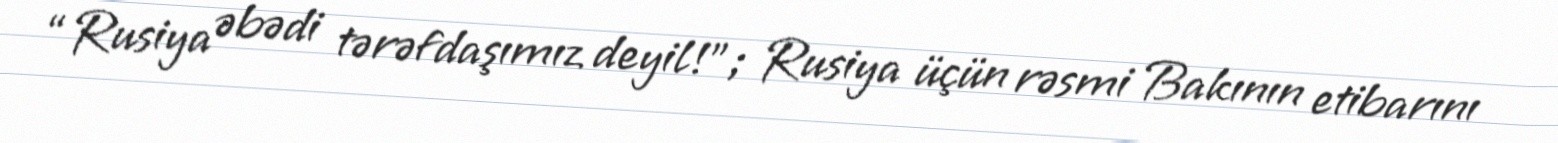
“Rusiya əbədi tərəfdaşımız deyil!”; Rusiya üçün rəsmi Bakının etibarını